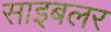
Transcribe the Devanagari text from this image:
साइबलर